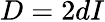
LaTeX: D=2dI